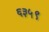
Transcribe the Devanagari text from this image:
६३५९